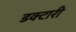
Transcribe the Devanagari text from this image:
डक्टारी